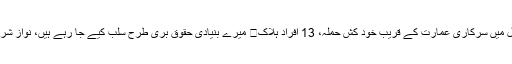
کابل میں سرکاری عمارت کے قریب خود کش حملہ، 13 افراد ہلاک	 میرے بنیادی حقوق بری طرح سلب کیے جا رہے ہیں، نواز شریف